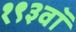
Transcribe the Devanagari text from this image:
१९३वॉ